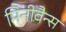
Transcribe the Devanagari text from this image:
मिनीवैन्स